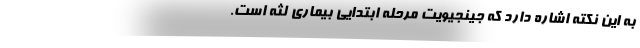
به این نکته اشاره دارد که جینجیویت مرحله ابتدایی بیماری لثه است.